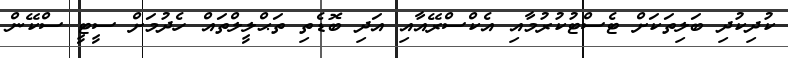
ކުދިކުދި ބަލިތަކަށް ޓެސްޓުކުރުމާއި އެކްސްރޭއާއި އަދި ބޮޑެތި ތަޙްލީލްތައް ހެދުމަށް ސީޓީ ސްކޭން